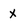
Character: X